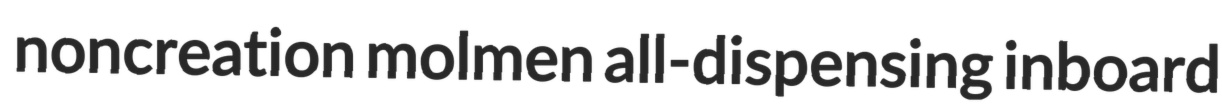
noncreation molmen all-dispensing inboard